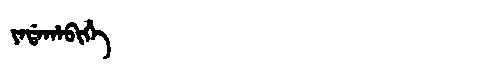
Manchu: ᠶᠠᡩᠠᡥᠠᠪᡳᡥᡝ
Romanization: YADAHABIHE